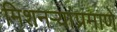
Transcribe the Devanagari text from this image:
मिशनऱ्यांप्रमाणे